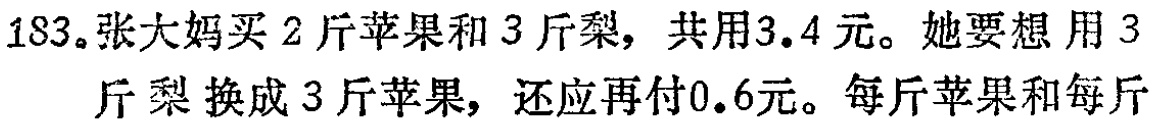
183。张大妈买2斤苹果和3斤梨，共用3.4元。她要想用3斤梨换成3斤苹果，还应再付0.6元。每斤苹果和每斤